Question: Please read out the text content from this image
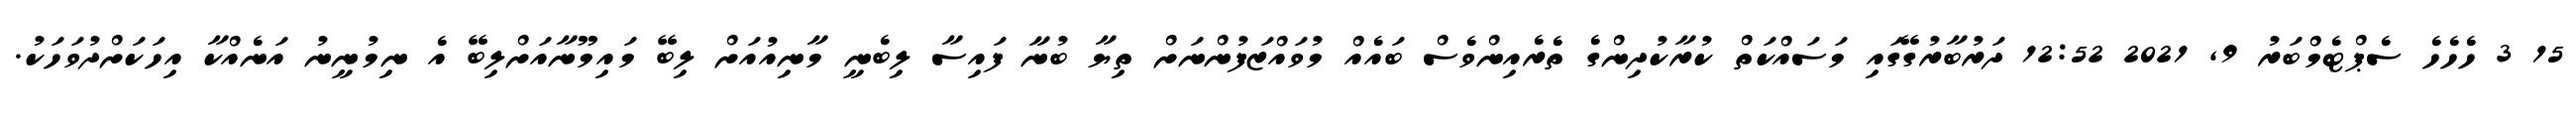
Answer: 15 3 ހެހެހެ ސެޕްޓެމްބަރު 9, 2021 12:52 ދަރުބާރުގޭގައި މަސައްކަތް ކުރާކުދިންގެ ތެރެއިންވެސް ބައެއް މުވައްޒަފުންނަށް ތިޔާ ބުނާ ފައިސާ ލިބެނީ މާނިއުއަށް ލިބޭ މައިމޫނާއަށްލިބޭ އެ ނިމުނީނު އަނެއްކާ އިހަކަށްދުވަހަކު.